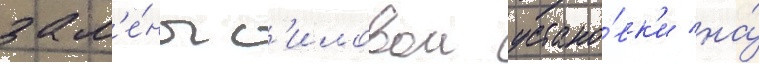
зам'е́ны с'иловои устано́вк'и на́